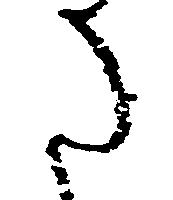
た